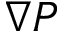
{ \boldsymbol \nabla } P